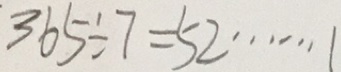
3 6 5 \div 7 = 5 2 \cdots 1